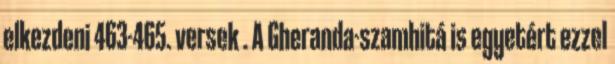
elkezdeni 463-465. versek . A Gheranda-szamhitá is egyetért ezzel